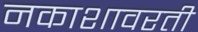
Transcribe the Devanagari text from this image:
नकाशावरती